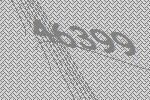
46399